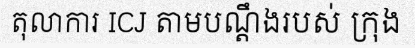
តុលាការ ICJ តាមបណ្តឹងរបស់ ក្រុង